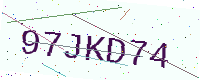
Text: 97JKD74